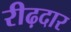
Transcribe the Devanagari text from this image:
रीढ़दार